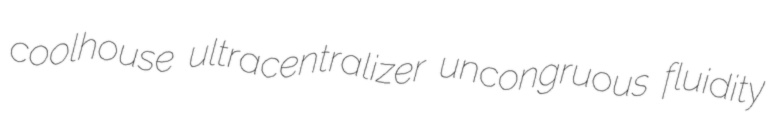
coolhouse ultracentralizer uncongruous fluidity